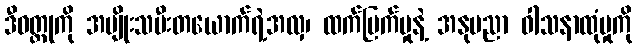
ဒီဝတ္ထုကို အမျိုးသမီးတယောက်ရဲ့အလှ၊ ထက်မြက်မှုနဲ့ အနုပညာ ဝါသနာထုံမှုကို